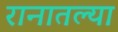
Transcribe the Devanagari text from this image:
रानातल्या